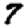
Digit: 7